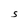
Character: S